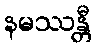
နမဿန္တီ